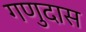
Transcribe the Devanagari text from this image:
गणुदास